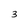
Character: 3